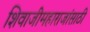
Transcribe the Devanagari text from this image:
शिवाजीमहाराजांसाठी